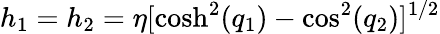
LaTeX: h_{1}=h_{2}=\eta[\cosh^{2}(q_{1})-\cos^{2}(q_{2})]^{1/2}